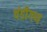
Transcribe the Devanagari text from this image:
चंडीगण